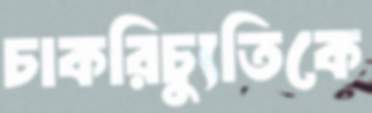
চাকরিচ্যুতিকে